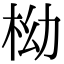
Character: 柪